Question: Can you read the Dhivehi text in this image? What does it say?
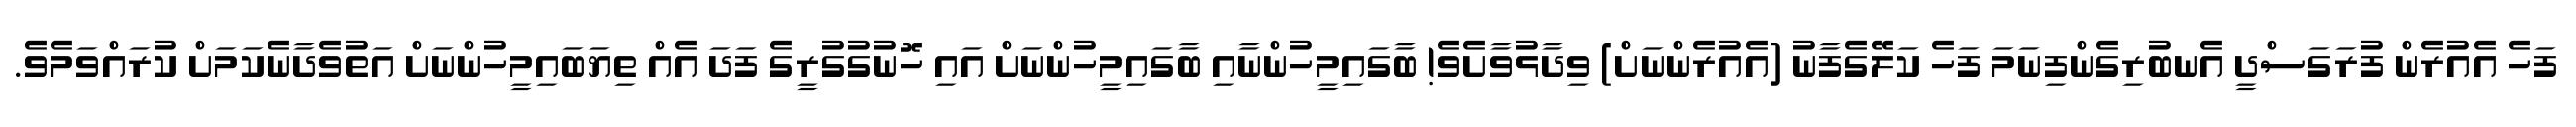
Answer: ފަހެ އެއުރެން ފުރަގަސްދީ އެނބުރިގެންފިނަމަ ފަހެ ކަލޭގެފާނު (އެއުރެންނަށް) ވިދާޅުވާށެވެ! ބާގައިމީހުންނާއި ބާގައިމީހުންނަށް އައި ހޮނުގުގުރީގެ ފަދަ އެއް ތިޔަބައިމީހުންނަށް އަތުވެދާނެކަމަށް ކުރައްވަމެވެ.